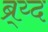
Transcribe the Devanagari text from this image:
ब्र्य्द